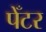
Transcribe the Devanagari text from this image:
पेँटर